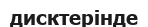
дисктерінде